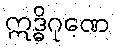
ဣဒ္ဓိဂုဏေ